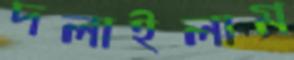
দলাইলাম